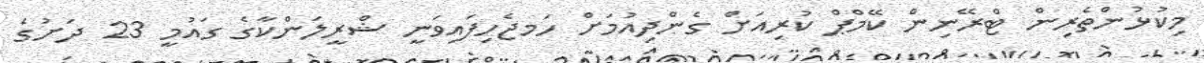
މިކުޅުންތެރިން ޓްރޭނިން ކޭމްޕް ކުރިއަށް ގެންދިއުމަށް ހަަމޖެހިފައިވަނީ ޝްރީލަންކާގެ ގައުމީ 23 ދަށުގެ